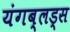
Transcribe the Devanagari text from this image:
यंगब्लड्स